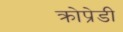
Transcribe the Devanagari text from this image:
क्रोप्रेडी